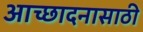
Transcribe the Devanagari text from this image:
आच्छादनासाठी